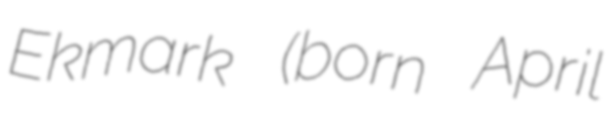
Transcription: Ekmark (born April